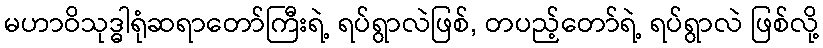
မဟာဝိသုဒ္ဓါရုံဆရာတော်ကြီးရဲ့ ရပ်ရွာလဲဖြစ်, တပည့်တော်ရဲ့ ရပ်ရွာလဲ ဖြစ်လို့